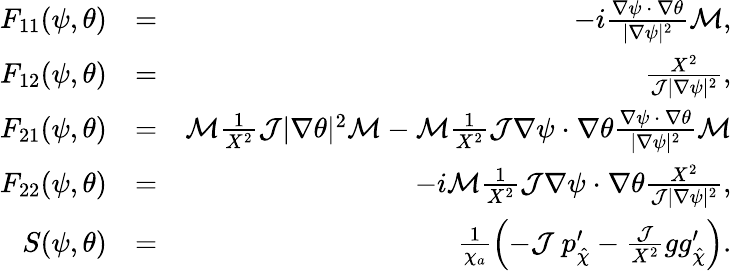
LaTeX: \begin{array}{rlr}{F_{11}(\psi,\theta)}&{=}&{-i\frac{{\mathbf\nabla}\psi~{\mathbf\cdot}~{\mathbf\nabla}\theta}{|{\mathbf\nabla}\psi|^{2}}{\cal M},}\\ {F_{12}(\psi,\theta)}&{=}&{\frac{X^{2}}{{\cal J}|{\mathbf\nabla}\psi|^{2}},}\\ {F_{21}(\psi,\theta)}&{=}&{{\cal M}\frac 1{X^{2}}{\cal J}|{\mathbf\nabla}\theta|^{2}{\cal M}-{\cal M}\frac 1{X^{2}}{\cal J}{\mathbf\nabla}\psi~{\mathbf\cdot}~{\mathbf\nabla}\theta\frac{{\mathbf\nabla}\psi~{\mathbf\cdot}~{\mathbf\nabla}\theta}{|{\mathbf\nabla}\psi|^{2}}{\cal M}}\\ {F_{22}(\psi,\theta)}&{=}&{-i{\cal M}\frac 1{X^{2}}{\cal J}{\mathbf\nabla}\psi~{\mathbf\cdot}~{\mathbf\nabla}\theta\frac{X^{2}}{{\cal J}|{\mathbf\nabla}\psi|^{2}},}\\ {S(\psi,\theta)}&{=}&{\frac{1}{\chi_{a}}\left(-{\cal J}~{p}_{\hat{\chi}}^{\prime}-\frac{\cal J}{X^{2}}g{g}_{\hat{\chi}}^{\prime}\right).}\end{array}